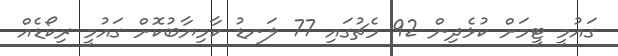
ގައުމީ ޓީމަށް ކުޅެދިން 92 މެޗުގައި 77 ލަނޑު ކާމިޔާބުކޮށް ގައުމީ ރިކޯޑެއް